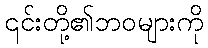
၎င်းတို့၏ဘဝများကို